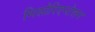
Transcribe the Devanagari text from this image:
मिसोरिएन्टेशन